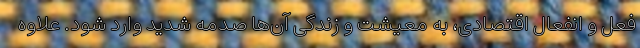
فعل و انفعال اقتصادی، به معیشت و زندگی آن‌ها صدمه شدید وارد شود. علاوه